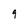
Character: 9